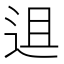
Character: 䢐